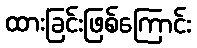
ထားခြင်းဖြစ်ကြောင်း